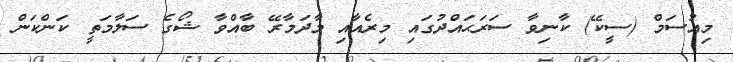
މިއުސަމް (ސީކޭ) ކާނިވާ ސަރަޙައްދުގައި މިރެއާއި މާދަމާރޭ ބާއްވާ ޝޯގެ ސަލާމަތީ ކަންކަން